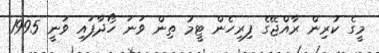
މީގެ ކުރިން ރާއްޖޭގެ ފިރިހެން ޓީމު ތިން ވަނަ ހޯދާފައި ވަނީ 1995